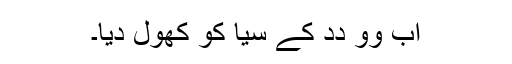
اَب وو دِدِ کے سیا کو کھول دِیا۔